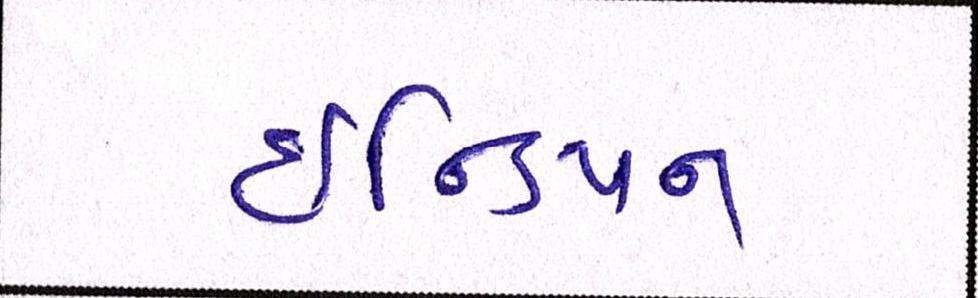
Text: ઇન્ડિયન